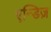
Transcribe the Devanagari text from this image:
एन्डिज़